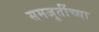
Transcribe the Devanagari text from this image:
समजुतींच्या